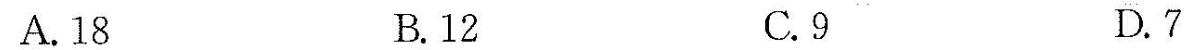
A.18B.12C.9D.7